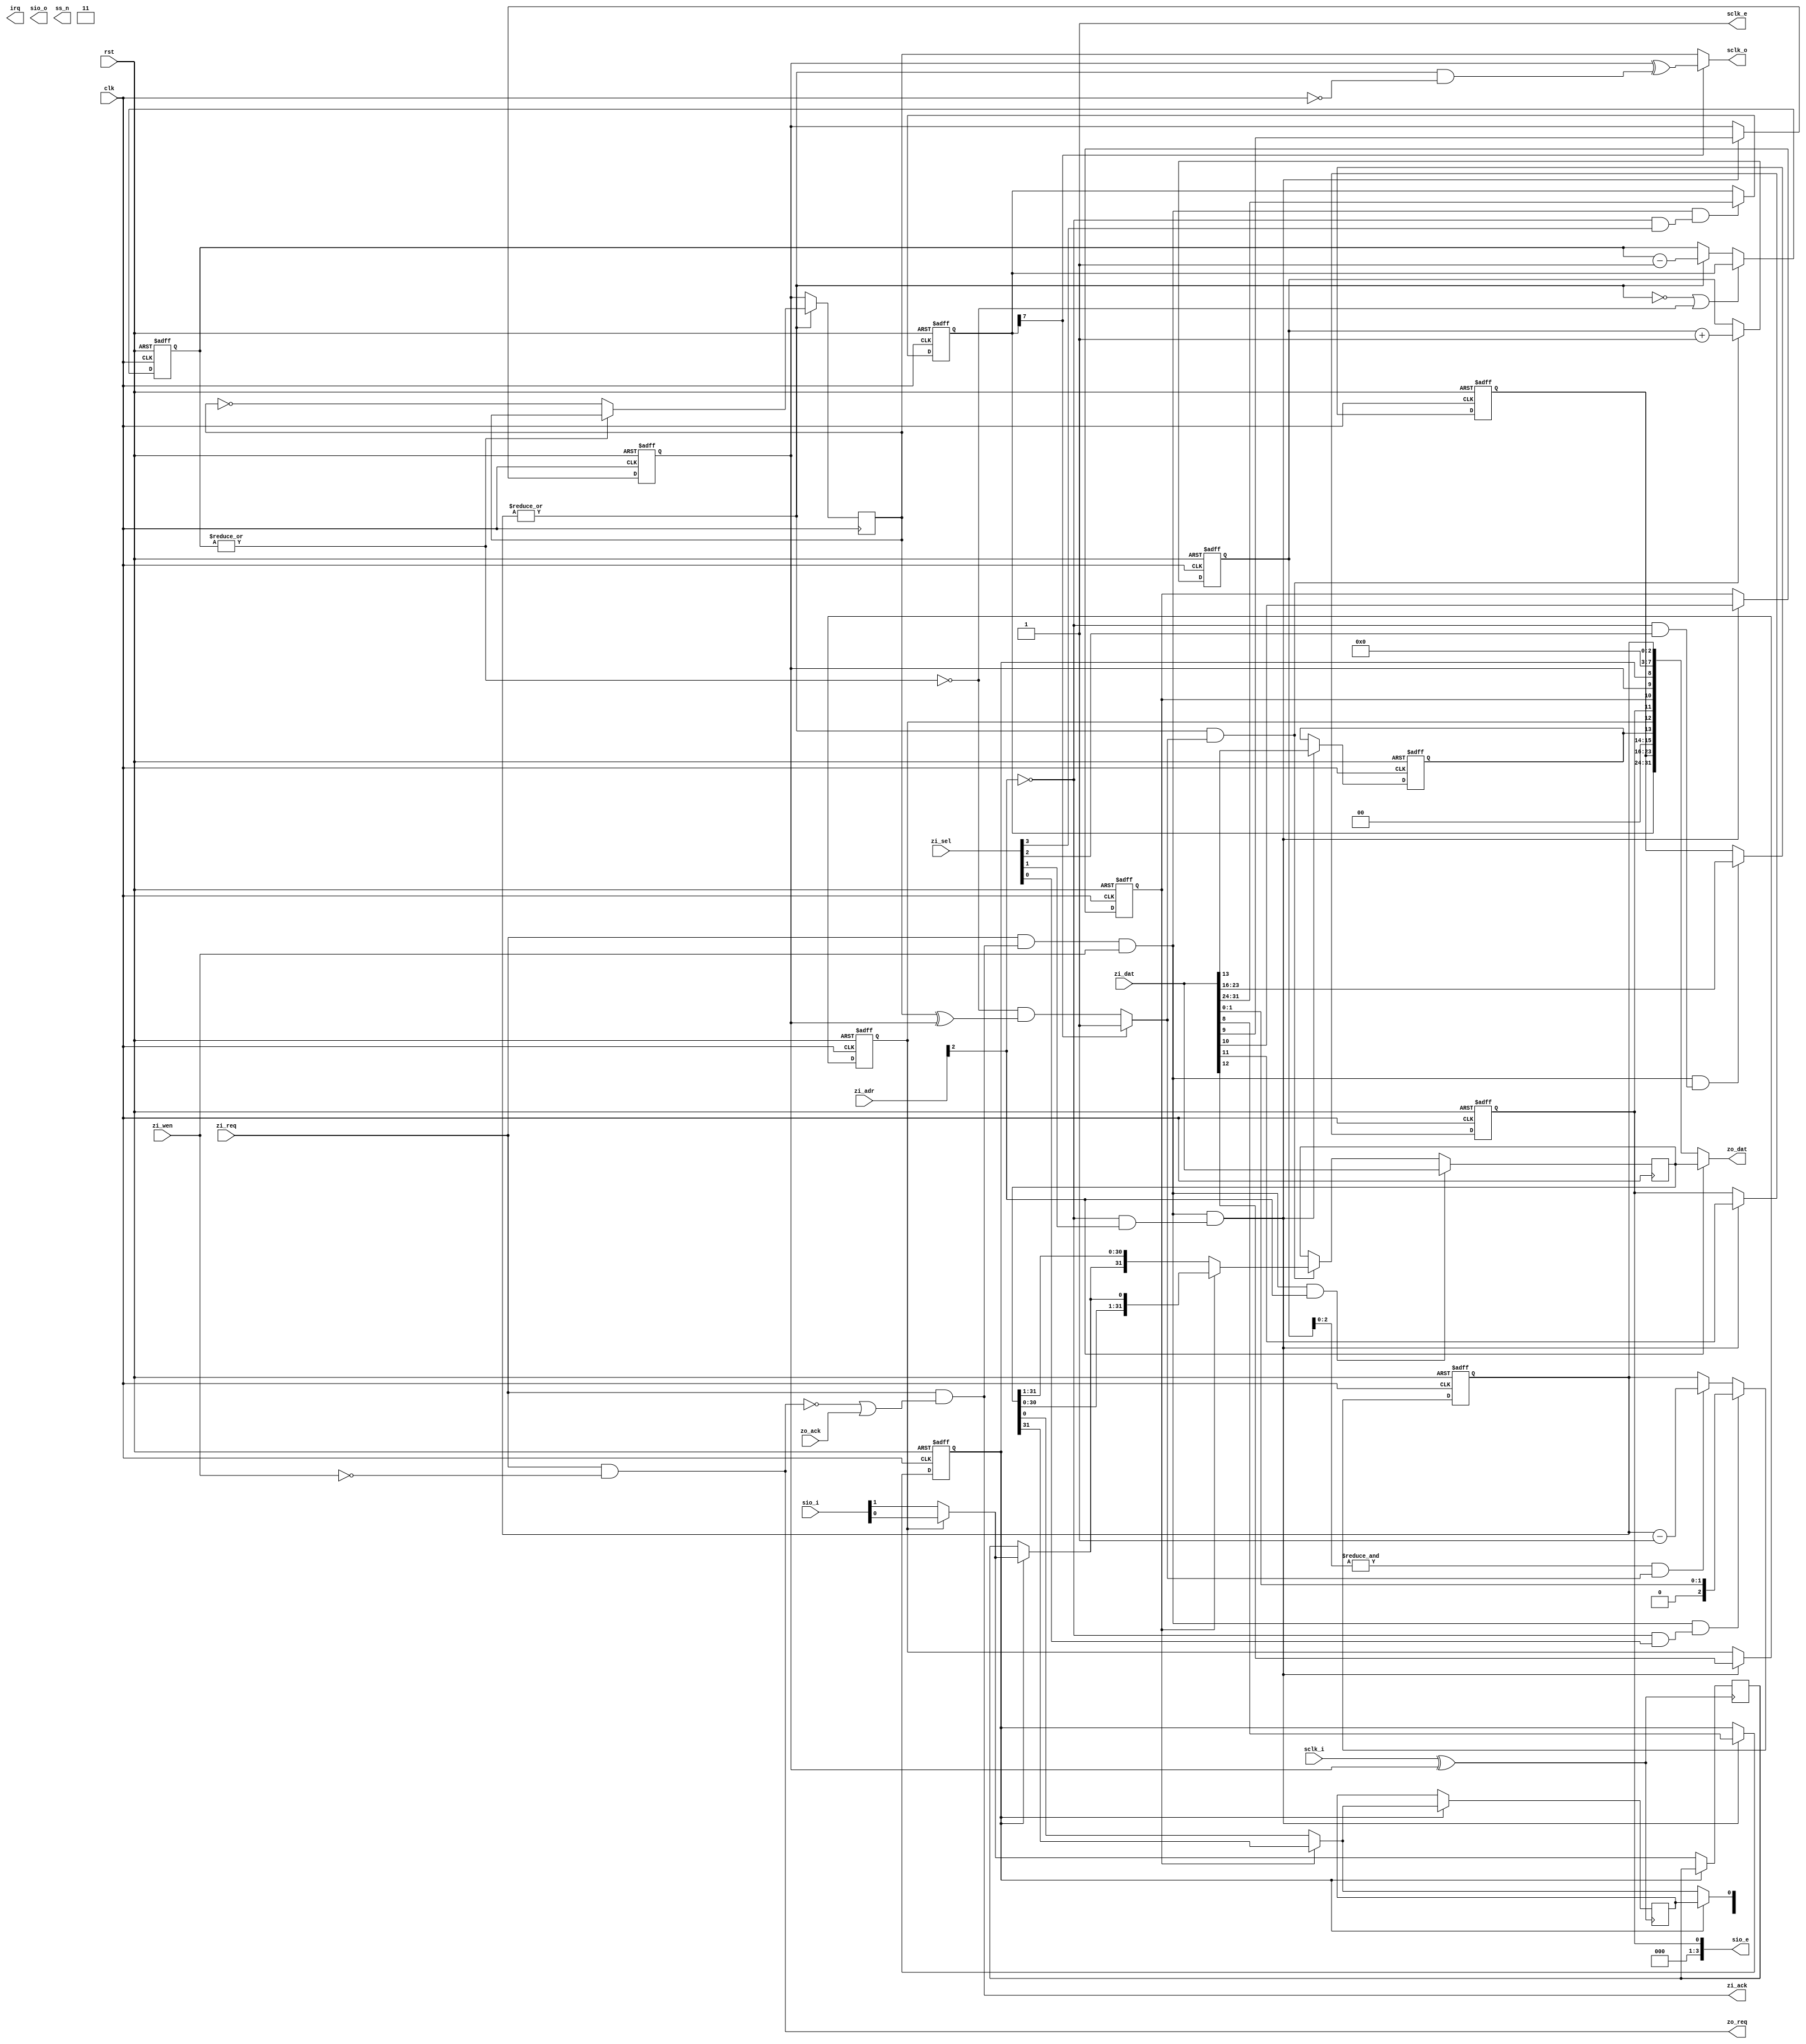
module spi_zbus #(
  // system bus parameters
  parameter DW = 32,         // data bus width
  parameter SW = DW/8,       // select signal width or bus width in bytes
  parameter AW = 32,         // address bus width
  // SPI slave select paramaters
  parameter SSW = 8,         // slave select register width
  // SPI interface configuration parameters
  parameter CFG_bit   =  0,  // select bit mode instead of byte mode by default
  parameter CFG_3wr   =  0,  // duplex type (0 - SPI full duplex, 1 - 3WIRE half duplex (MOSI is shared))
  parameter CFG_oen   =  0,  // MOSI output enable after reset
  parameter CFG_dir   =  1,  // shift direction (0 - LSB first, 1 - MSB first)
  parameter CFG_cpol  =  0,  // clock polarity
  parameter CFG_cpha  =  0,  // clock phase
  // SPI shift register parameters
  parameter PAR_sh_rw = 32,  // shift register width (default width is eqal to wishbone bus width)
  parameter PAR_sh_cw =  5,  // shift counter width (logarithm of shift register width)
  // SPI transfer type parameters
  parameter PAR_tu_rw =  8,  // shift transfer unit register width (default granularity is byte)
  parameter PAR_tu_cw =  3,  // shift transfer unit counter width (counts the bits of a transfer unit)
  // SPI transfer control counter register width (defoult up to 4 byte transfers)
  parameter PAR_tc_rw = PAR_sh_cw - PAR_tu_cw,
  // SPI clock divider parameters
  parameter PAR_cd_en =  1,  // clock divider enable (0 - use full system clock, 1 - use divider)
  parameter PAR_cd_ri =  1,  // clock divider register inplement (otherwise the default clock division factor is used)
  parameter PAR_cd_rw =  8,  // clock divider register width
  parameter PAR_cd_ft =  0   // default clock division factor
)(
  // system signals (used by the CPU bus interface)
  input  wire           clk,
  input  wire           rst,
  // zbus input interface
  input  wire           zi_req,  // transfer request
  input  wire           zi_wen,  // write enable (0-read or 1-wite)
  input  wire  [AW-1:0] zi_adr,  // address
  input  wire  [SW-1:0] zi_sel,  // byte select
  input  wire  [DW-1:0] zi_dat,  // data
  output wire           zi_ack,  // transfer acknowledge
  // zbus output interface
  output wire           zo_req,  // transfer request
  output wire  [DW-1:0] zo_dat,  // data
  input  wire           zo_ack,  // transfer acknowledge
  // additional processor interface signals
  output wire           irq,
  // SPI signals (at a higher level should be connected to tristate IO pads)
  // serial clock
  input  wire           sclk_i,  // input (clock loopback)
  output wire           sclk_o,  // output
  output wire           sclk_e,  // output enable
  // serial input output SIO[3:0] or {HOLD_n, WP_n, MISO, MOSI/3wire-bidir}
  input  wire     [3:0] sio_i,   // input (clock loopback)
  output wire     [3:0] sio_o,   // output
  output wire     [3:0] sio_e,   // output enable
  // active low slave select signal
  output wire [SSW-1:0] ss_n
);

//////////////////////////////////////////////////////////////////////////////
// local signals                                                            //
//////////////////////////////////////////////////////////////////////////////

// clock divider signals
reg  [PAR_cd_rw-1:0] div_cnt;  // clock divider counter
reg  [PAR_cd_rw-1:0] reg_div;  // register holding the requested clock division ratio
wire div_byp;
reg  div_clk;                  // register storing the SCLK clock value (additional division by two)

// spi shifter signals
reg  [PAR_sh_rw-1:0] reg_s;    // spi data shift register
reg  reg_i, reg_o;             // spi input-sampling to output-change phase shift registers
wire ser_i, ser_o;             // shifter serial input and output multiplexed signals
wire spi_mi;                   //
wire clk_l;                    // loopback clock

// spi slave select signals
reg  [SSW-1:0] reg_ss;         // active high slave select register

// spi configuration registers (shift direction, clock polarity and phase, 3 wire option)
reg  cfg_bit, cfg_3wr, cfg_oen, cfg_dir, cfg_cpol, cfg_cpha;

// spi shift transfer control registers
reg  [PAR_sh_cw-1:0] cnt_bit;  // counter of shifted bits
reg  [PAR_tu_cw-1:0] ctl_cnt;  // counter of transfered data units (bytes by defoult)
wire ctl_run;                  // transfer running status


//////////////////////////////////////////////////////////////////////////////
// generalized bus signals                                                  //
//////////////////////////////////////////////////////////////////////////////

wire          zi_trn;      // bus transfer

// register select signals
wire          zi_sel_div;  // clock divider factor
wire          zi_sel_ss;   // slave select (active high)
wire          zi_sel_cfg;  // configuration register
wire          zi_sel_ctl;  // control register
wire          zi_sel_dat;  // data register

// input and output data signals
wire    [7:0] zi_dat_div, zo_dat_div;
wire    [7:0] zi_dat_ss,  zo_dat_ss;
wire    [7:0] zi_dat_cfg, zo_dat_cfg;
wire    [7:0] zi_dat_ctl, zo_dat_ctl;
wire [DW-1:0] zi_dat_dat, zo_dat_dat;

//////////////////////////////////////////////////////////////////////////////
// bus access implementation (generalisation of wishbone bus signals)       //
//////////////////////////////////////////////////////////////////////////////

// bus transfer
assign zi_trn = zi_req & zi_ack;

// request acknowledge
assign zi_ack = zi_req & (~zo_req | zo_ack);

// zbus output request
assign zo_req = zi_req & ~zi_wen;

// address decoder
generate case (DW)
32: begin
  assign zi_sel_div = (zi_adr[2:2] == 0) & zi_sel [3];
  assign zi_sel_ss  = (zi_adr[2:2] == 0) & zi_sel [2];
  assign zi_sel_cfg = (zi_adr[2:2] == 0) & zi_sel [1];
  assign zi_sel_ctl = (zi_adr[2:2] == 0) & zi_sel [0];
end
16: begin
  assign zi_sel_div = (zi_adr[2:1] == 2) & zi_sel [1];
  assign zi_sel_ss  = (zi_adr[2:1] == 2) & zi_sel [0];
  assign zi_sel_cfg = (zi_adr[2:1] == 0) & zi_sel [1];
  assign zi_sel_ctl = (zi_adr[2:1] == 0) & zi_sel [0];
end
 8: begin
  assign zi_sel_div = (zi_adr[2:0] == 3);
  assign zi_sel_ss  = (zi_adr[2:0] == 2);
  assign zi_sel_cfg = (zi_adr[2:0] == 1);
  assign zi_sel_ctl = (zi_adr[2:0] == 0);
end
endcase endgenerate

assign zi_sel_dat = (zi_adr[2] == 1);

// input data asignment
generate case (DW)
32: begin
  assign {zi_dat_div, zi_dat_ss, zi_dat_cfg, zi_dat_ctl} = zi_dat;
end
16: begin
  assign {zi_dat_div, zi_dat_ss } = zi_dat;
  assign {zi_dat_cfg, zi_dat_ctl} = zi_dat;
end
 8: begin
  assign  zi_dat_div = zi_dat;
  assign  zi_dat_ss  = zi_dat;
  assign  zi_dat_cfg = zi_dat;
  assign  zi_dat_ctl = zi_dat;
end
endcase endgenerate

assign zi_dat_dat = zi_dat;

// output data multiplexer
generate case (DW)
32: begin
assign zo_dat = (zi_adr[2]   == 0) ? {zo_dat_div, zo_dat_ss, zo_dat_cfg, zo_dat_ctl} :
                                      zo_dat_dat                                     ;
end
16: begin
assign zo_dat = (zi_adr[2:1] == 2) ? {zo_dat_div, zo_dat_ss } :
                (zi_adr[2:1] == 0) ? {zo_dat_cfg, zo_dat_ctl} :
                                      zo_dat_dat              ;
end
 8: begin
assign zo_dat = (zi_adr[2:0] == 3) ?  zo_dat_div :
                (zi_adr[2:0] == 2) ?  zo_dat_ss  :
                (zi_adr[2:0] == 1) ?  zo_dat_cfg :
                (zi_adr[2:0] == 0) ?  zo_dat_ctl :
                                      zo_dat_dat ;
end
endcase endgenerate

//////////////////////////////////////////////////////////////////////////////
// clock divider                                                            //
//////////////////////////////////////////////////////////////////////////////

// clock division factor number register
always @(posedge clk, posedge rst)
if (rst)
  reg_div <= PAR_cd_ft;
else if (zi_trn & zi_wen & zi_sel_div)
  reg_div <= zi_dat_div;

// bus read value of the clock divider factor register
assign zo_dat_div = reg_div;

// divider bypass bit
assign div_byp = reg_div[7];

// clock counter
always @(posedge clk, posedge rst)
if (rst)
  div_cnt <= 'b0;
else begin
  if (~ctl_run | ~|div_cnt)
    div_cnt <= reg_div;
  else if (ctl_run)
    div_cnt <= div_cnt - 1;
end

// clock output register (divider by 2)
always @(posedge clk)
if (~ctl_run)
  div_clk <= cfg_cpol;
else if (~|div_cnt)
  div_clk <= ~div_clk;

assign div_ena = div_byp ? 1 : ~|div_cnt & (div_clk ^ cfg_cpol);

//////////////////////////////////////////////////////////////////////////////
// spi slave select                                                         //
//////////////////////////////////////////////////////////////////////////////

always @(posedge clk, posedge rst)
if (rst)
  reg_ss <= 'b0;
else if (zi_trn & zi_wen & zi_sel_ss)
  reg_ss <= zi_dat_ss;

// bus read value of the slave select register
assign zo_dat_ss = reg_ss;

// slave select active low output pins
assign spi_ss_n = ~reg_ss;

//////////////////////////////////////////////////////////////////////////////
// configuration registers                                                  //
//////////////////////////////////////////////////////////////////////////////

always @(posedge clk, posedge rst)
if (rst) begin
  cfg_bit  <= CFG_bit;
  cfg_3wr  <= CFG_3wr;
  cfg_oen  <= CFG_oen;
  cfg_dir  <= CFG_dir;
  cfg_cpol <= CFG_cpol;
  cfg_cpha <= CFG_cpha;
end else if (zi_trn & zi_wen & zi_sel_cfg) begin
  cfg_bit  <= zi_dat_cfg [5     ];
  cfg_3wr  <= zi_dat_cfg [ 4    ];
  cfg_oen  <= zi_dat_cfg [  3   ];
  cfg_dir  <= zi_dat_cfg [   2  ];
  cfg_cpol <= zi_dat_cfg [    1 ];
  cfg_cpha <= zi_dat_cfg [     0];
end

// bus read value of the configuration register
assign zo_dat_cfg = {2'b00, cfg_bit, cfg_3wr, cfg_oen, cfg_dir, cfg_cpol, cfg_cpha};

//////////////////////////////////////////////////////////////////////////////
// control registers (transfer counter and serial output enable)            //
//////////////////////////////////////////////////////////////////////////////

// bit counter
always @(posedge clk, posedge rst)
if (rst)
  cnt_bit <= 0;
else if (ctl_run & div_ena)
  cnt_bit <= cnt_bit + 1;

// transfer control counter
always @(posedge clk, posedge rst)
if (rst)
  ctl_cnt <= 0;
else begin
  // write from the CPU bus has priority
  if (zi_trn & zi_wen & zi_sel_ctl)
    ctl_cnt <= zi_dat_ctl [PAR_tc_rw-1:0];
  // decrement at the end of each transfer unit (byte by default)
  else if (&cnt_bit [PAR_tu_cw-1:0] & div_ena)
    ctl_cnt <= ctl_cnt - 1;
end

// spi transfer run status
assign ctl_run = |ctl_cnt;

// bus read value of the control register (output enable, transfer counter)
assign zo_dat_ctl = {{8-1-PAR_tu_cw{1'b0}}, ctl_cnt};

//////////////////////////////////////////////////////////////////////////////
// spi shift register                                                       //
//////////////////////////////////////////////////////////////////////////////

// shift register implementation
always @(posedge clk)
if (zi_trn & zi_wen & zi_sel_dat) begin
  reg_s <= zi_dat_dat;  // TODO
end else if (ctl_run & div_ena) begin
  if (cfg_dir)  reg_s <= {reg_s [PAR_sh_rw-2:0], ser_i};
  else          reg_s <= {ser_i, reg_s [PAR_sh_rw-1:1]};
end

// bus read value of the data ragister
assign zo_dat_dat = reg_s;

// the serial output from the shift register depends on the direction of shifting
assign ser_o  = (cfg_dir) ? reg_s [PAR_sh_rw-1] : reg_s [0];

always @(posedge clk_l)
if ( cfg_cpha)  reg_o <= ser_o;

always @(posedge clk_l)
if (~cfg_cpha)  reg_i <= spi_mi;

// spi clock output pin
assign sclk_o = div_byp ? cfg_cpol ^ (ctl_run & ~clk) : div_clk;

// loop clock
assign clk_l  = sclk_i ^ cfg_cpol;

// the serial input depends on the used protocol (SPI, 3 wire)
assign spi_mi   = cfg_3wr ? sio_i[0] : sio_i[1];

assign ser_i    = ~cfg_cpha ? reg_i : spi_mi;
assign sio_o[0] = ~cfg_cpha ? ser_o : reg_o;
assign sio_e[0] = cfg_oen;

// temporary IO handler

assign sclk_e     = 1'b1;
assign sio_o[3:1] = 3'b11x;
assign sio_e[3:1] = 1'b110;

endmodule